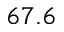
6 7 . 6